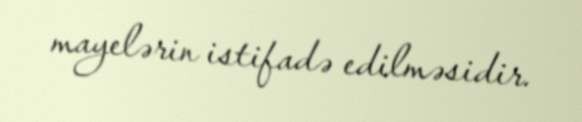
mayelərin istifadə edilməsidir.